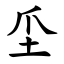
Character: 坕